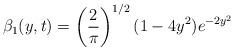
LaTeX: \begin{align*}\beta_{1}(y,t)=\left(\frac{2}{\pi}\right)^{1/2}(1-4y^{2})e^{-2y^{2}}\end{align*}